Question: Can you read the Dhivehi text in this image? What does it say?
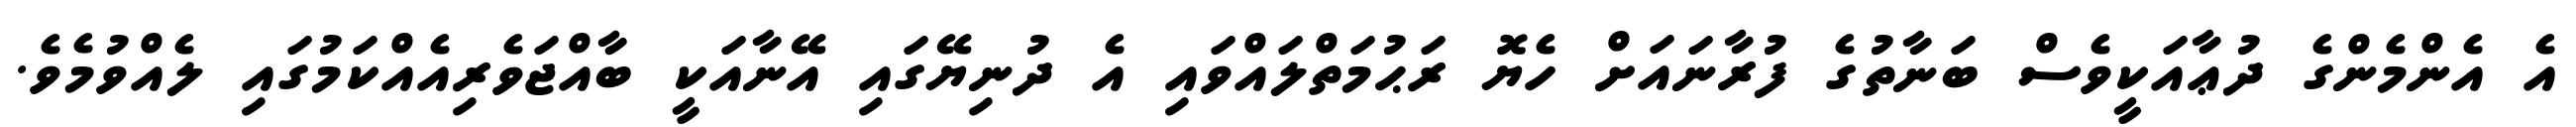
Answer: އެ އެންމެންގެ ދުޢާއަކީވެސް ބަނާތުގެ ފުރާނައަށް ހެޔޮ ރަޙުމަތްލައްވައި އެ ދުނިޔޭގައި އޭނާއަކީ ބާއްޖަވެރިއެއްކަމުގައި ލެއްވުމެވެ.